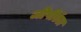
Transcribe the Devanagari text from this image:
जीपीऍल